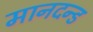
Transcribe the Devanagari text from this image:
मानदन्ड